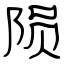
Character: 陨